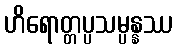
ဟိရောတ္တပ္ပသမ္ပန္နဿ